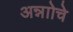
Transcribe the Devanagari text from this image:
अन्नाोचे